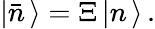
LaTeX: |{\bar{n}}\, \rangle={\Xi}\, |n\, \rangle\, .